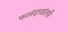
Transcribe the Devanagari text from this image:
फलंदाजांतर्फे